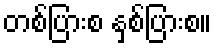
တစ်ပြားစ နှစ်ပြားစ။